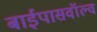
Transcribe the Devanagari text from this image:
बाईपासवॉल्व